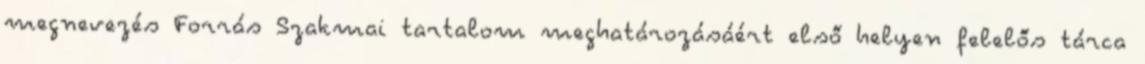
megnevezés Forrás Szakmai tartalom meghatározásáért első helyen felelős tárca